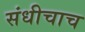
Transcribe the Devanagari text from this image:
संधीचाच